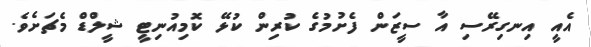
އެއީ އިނގިރޭސި އާ ސީޒަން ފެށުމުގެ ކުރިން ކުޅޭ ކޮމިއުނިޓީ ޝީލްޑް މެޗަށެވެ.